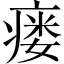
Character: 瘘